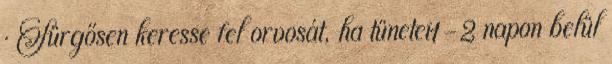
· Sürgősen keresse fel orvosát, ha tünetei1-2 napon belül